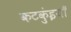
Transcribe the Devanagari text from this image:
कटकुंइयाँ